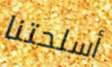
أسلحتنا